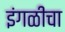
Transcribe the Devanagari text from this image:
इंगळीचा